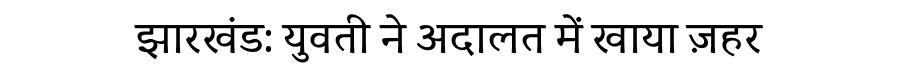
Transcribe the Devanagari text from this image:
झारखंड: युवती ने अदालत में खाया ज़हर